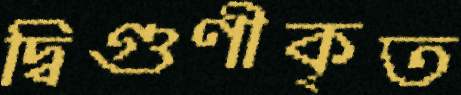
দ্বিগুণীকৃত